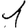
Digit: 1